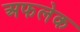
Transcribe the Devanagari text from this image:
अफलेक